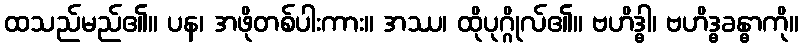
ထသည်မည်၏။ ပန၊ အဖိုတစ်ပါးကား။ အဿ၊ ထိုပုဂ္ဂိုလ်၏။ ဗဟိဒ္ဓါ၊ ဗဟိဒ္ဓခန္ဓာကို။